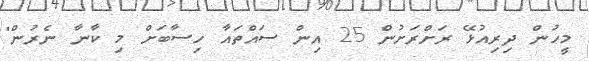
މީހުން ދިރިއުޅޭ ރަށްރަށުން 25 އިން ސައްތައާ ހިސާބަށް މި ކާނާ ނެރުން"